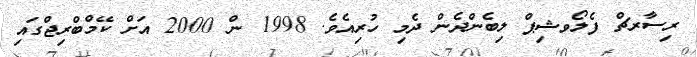
ރިސާރޗް ފެލޯވޝިޕް ލިބެންދެން ދެމި ހުރިއެވެ. 1998 ން 2000 އަށް ކޭމްބްރިޖްގައި